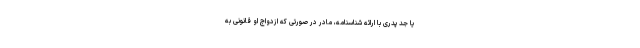
یا جد پدری با ارائه شناسنامه، مادر در صورتی که ازدواج او قانونی به